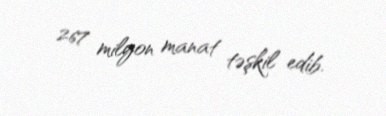
267 milyon manat təşkil edib.